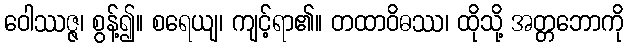
ဝေါဿဇ္ဇ၊ စွန့်၍။ စရေယျ၊ ကျင့်ရာ၏။ တထာဝိဓဿ၊ ထိုသို့ အတ္တဘောကို